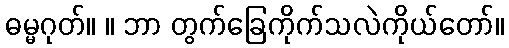
ဓမ္မဂုတ်။ ။ ဘာ တွက်ခြေကိုက်သလဲကိုယ်တော်။